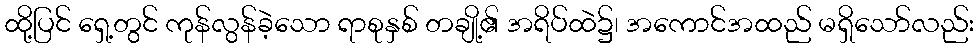
ထို့ပြင် ရှေ့တွင် ကုန်လွန်ခဲ့သော ရာစုနှစ် တချို့၏ အရိပ်ထဲ၌၊ အကောင်အထည် မရှိသော်လည်း